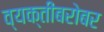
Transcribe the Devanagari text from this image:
व्यक्तींबरोबर